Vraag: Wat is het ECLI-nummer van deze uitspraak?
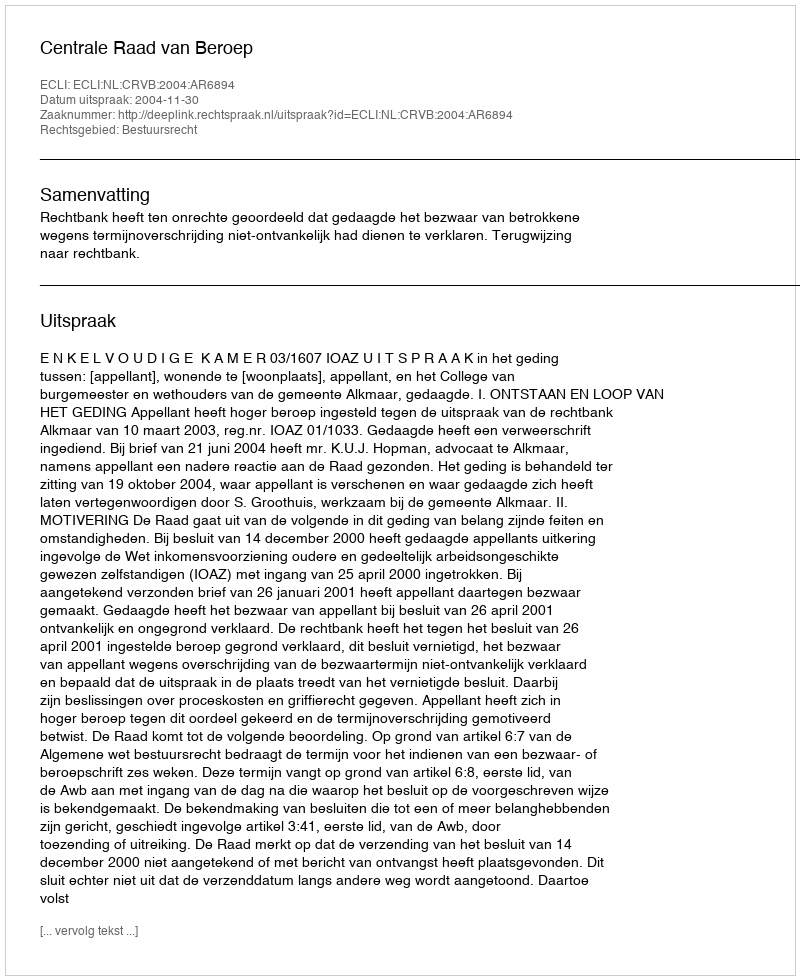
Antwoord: ECLI:NL:CRVB:2004:AR6894